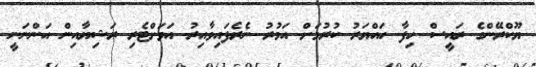
ޔޫކްރޭންގެ ރައީސް ހިފާ ހައްޔަރު ކުރުމަށް އަމުރު ނެރެފައިވާއިރު އަވަށްޓެރި ރަޝިޔާއިން އަންނަނީ